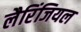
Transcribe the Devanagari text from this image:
लैरिंजियल